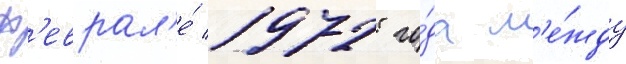
ф'еврал'е́ 1972 го́да м'е́жду